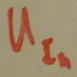
Text: UIn